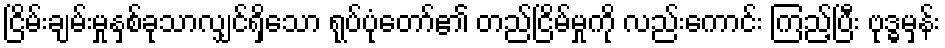
ငြိမ်းချမ်းမှုနှစ်ခုသာလျှင်ရှိသော ရုပ်ပုံတော်၏ တည်ငြိမ်မှုကို လည်းကောင်း ကြည့်ပြီး ဗုဒ္ဓမှန်း